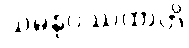
သမနုပဿထာတိ